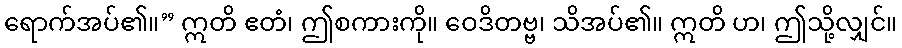
ရောက်အပ်၏။” ဣတိ ဧတံ၊ ဤစကားကို။ ဝေဒိတဗ္ဗ၊ သိအပ်၏။ ဣတိ ဟ၊ ဤသို့လျှင်။